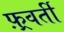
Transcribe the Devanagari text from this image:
फ़्रवर्ती